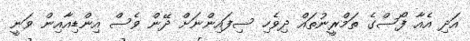
އަދި އެއާ ފޯސްގެ ތަމްރީނުތައް ދިވެހި ސިފައިންނަށް ދޭން ވެސް އިންޑިއާއިން ވަނީ